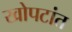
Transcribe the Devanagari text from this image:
खोपटांत